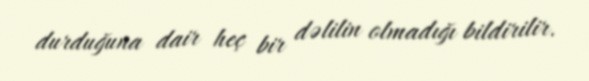
durduğuna dair heç bir dəlilin olmadığı bildirilir.